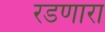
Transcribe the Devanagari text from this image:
रडणारा